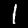
Digit: 1